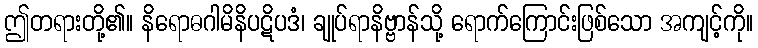
ဤတရားတို့၏။ နိရောဓဂါမိနိပဋိပဒံ၊ ချုပ်ရာနိဗ္ဗာန်သို့ ရောက်ကြောင်းဖြစ်သော အကျင့်ကို။